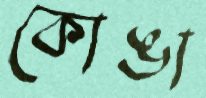
কোঙা